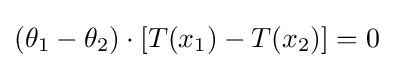
(\theta _{1}-\theta _{2})\cdot [T(x_{1})-T(x_{2})]=0